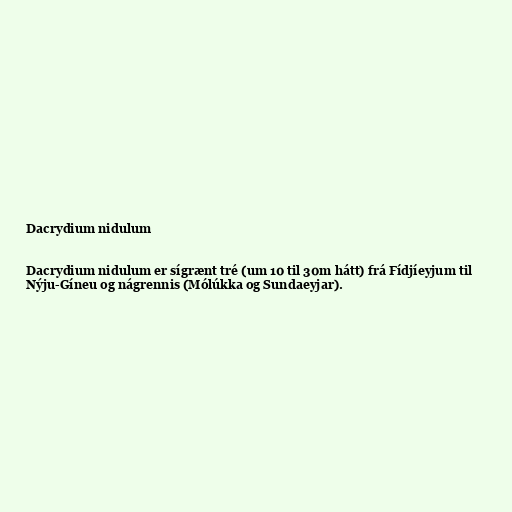
Dacrydium nidulum

Dacrydium nidulum er sígrænt tré (um 10 til 30m hátt) frá Fídjíeyjum til
Nýju-Gíneu og nágrennis (Mólúkka og Sundaeyjar).